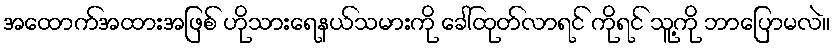
အထောက်အထားအဖြစ် ဟိုသားရေနယ်သမားကို ခေါ်ထုတ်လာရင် ကိုရင် သူ့ကို ဘာပြောမလဲ။